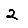
Digit: 2